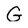
Character: G